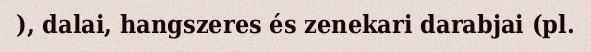
), dalai, hangszeres és zenekari darabjai (pl.